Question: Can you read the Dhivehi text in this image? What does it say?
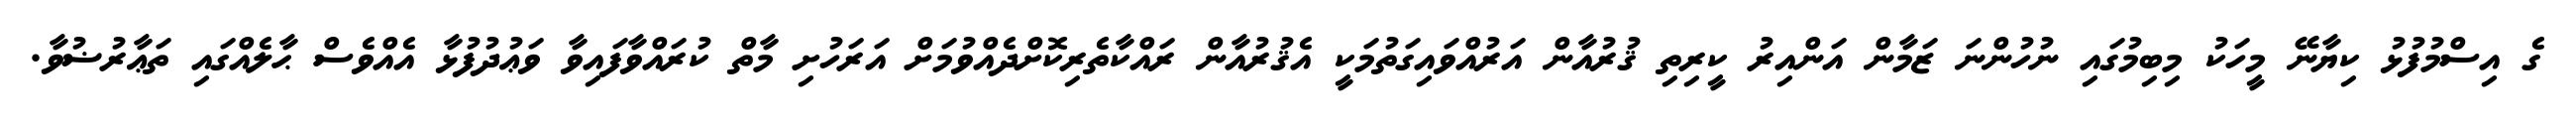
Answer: ގެ އިސްމުފުޅު ކިޔާނޭ މީހަކު މިބިމުގައި ނުހުންނަ ޒަމާން އަންއިރު ކީރިތި ޤުރުއާން އަރުއްވައިގަތުމަކީ އެޤުރުއާން ރައްކާތެރިކޮށްދެއްވުމަށް އަރަހުށި މާތް ކުރައްވާފައިވާ ވަޢުދުފުޅާ އެއްވެސް ޙާލެއްގައި ތަޢާރުޟުވާ.